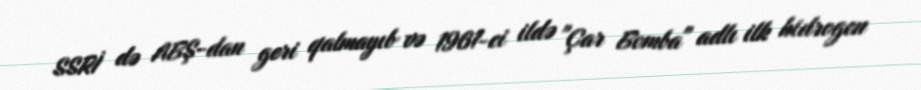
SSRİ də ABŞ-dan geri qalmayıb və 1961-ci ildə "Çar Bomba" adlı ilk hidrogen